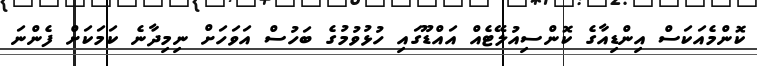
ކޮންމެއަކަސް އިންޑިއާގެ ކޮންސިއުލޭޓެއް އައްޑޫގައި ހުޅުވުމުގެ ބަހުސް އަވަހަށް ނިމިދާނެ ކަމަކަށް ފެންނަ